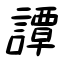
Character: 譚